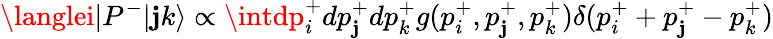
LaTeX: \langlei|P^{-}|\mathbf{j}k\rangle\propto\intdp_{i}^{+}dp_{\mathbf{j}}^{+}dp_{k}^{+}g(p_{i}^{+},p_{\mathbf{j}}^{+},p_{k}^{+})\delta(p_{i}^{+}+p_{\mathbf{j}}^{+}-p_{k}^{+})